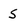
Character: s